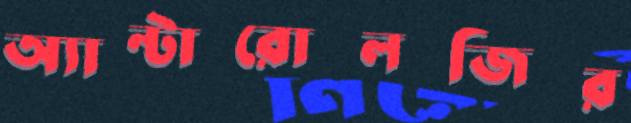
অ্যান্টারোলজির